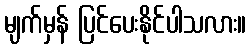
မျက်မှန် ပြင်ပေးနိုင်ပါသလား။